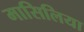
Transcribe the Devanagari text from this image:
मासिलिया